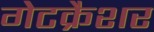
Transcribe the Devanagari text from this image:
गेटक्रैशर